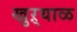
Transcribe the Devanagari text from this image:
खुऱ्‍याळ